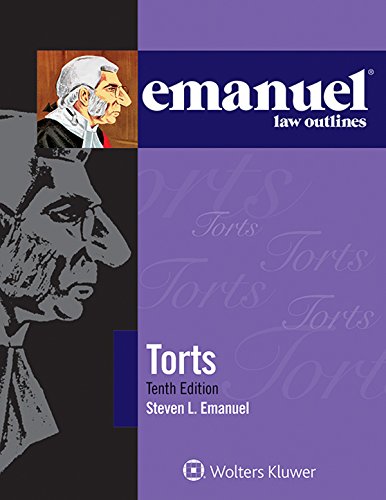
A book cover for Emanuel Law Outlines: Torts; Steven L. Emanuel; Law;